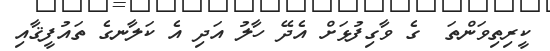
ކީރިތިވަންތަ  ގެ ވާގިފުޅަށް އެދޭ ހާލު އަދި އެ ކަލާނގެ ތައުފީޤާއި